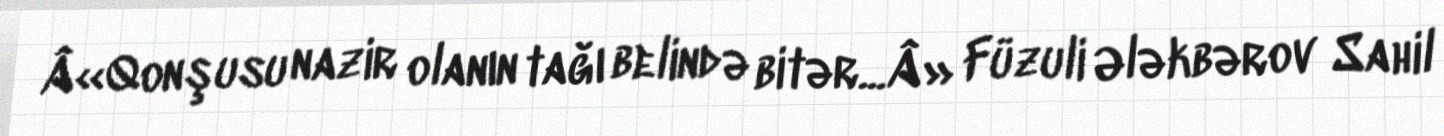
Â«Qonşusu nazir olanın tağı belində bitər...Â» Füzuli Ələkbərov Sahil